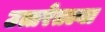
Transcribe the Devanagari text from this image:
उत्तरेतल्या